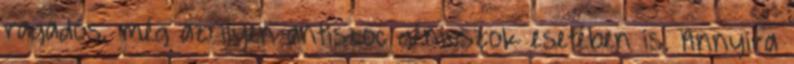
ragadós, még az ilyen antiszoc géniuszok esetében is. Annyira